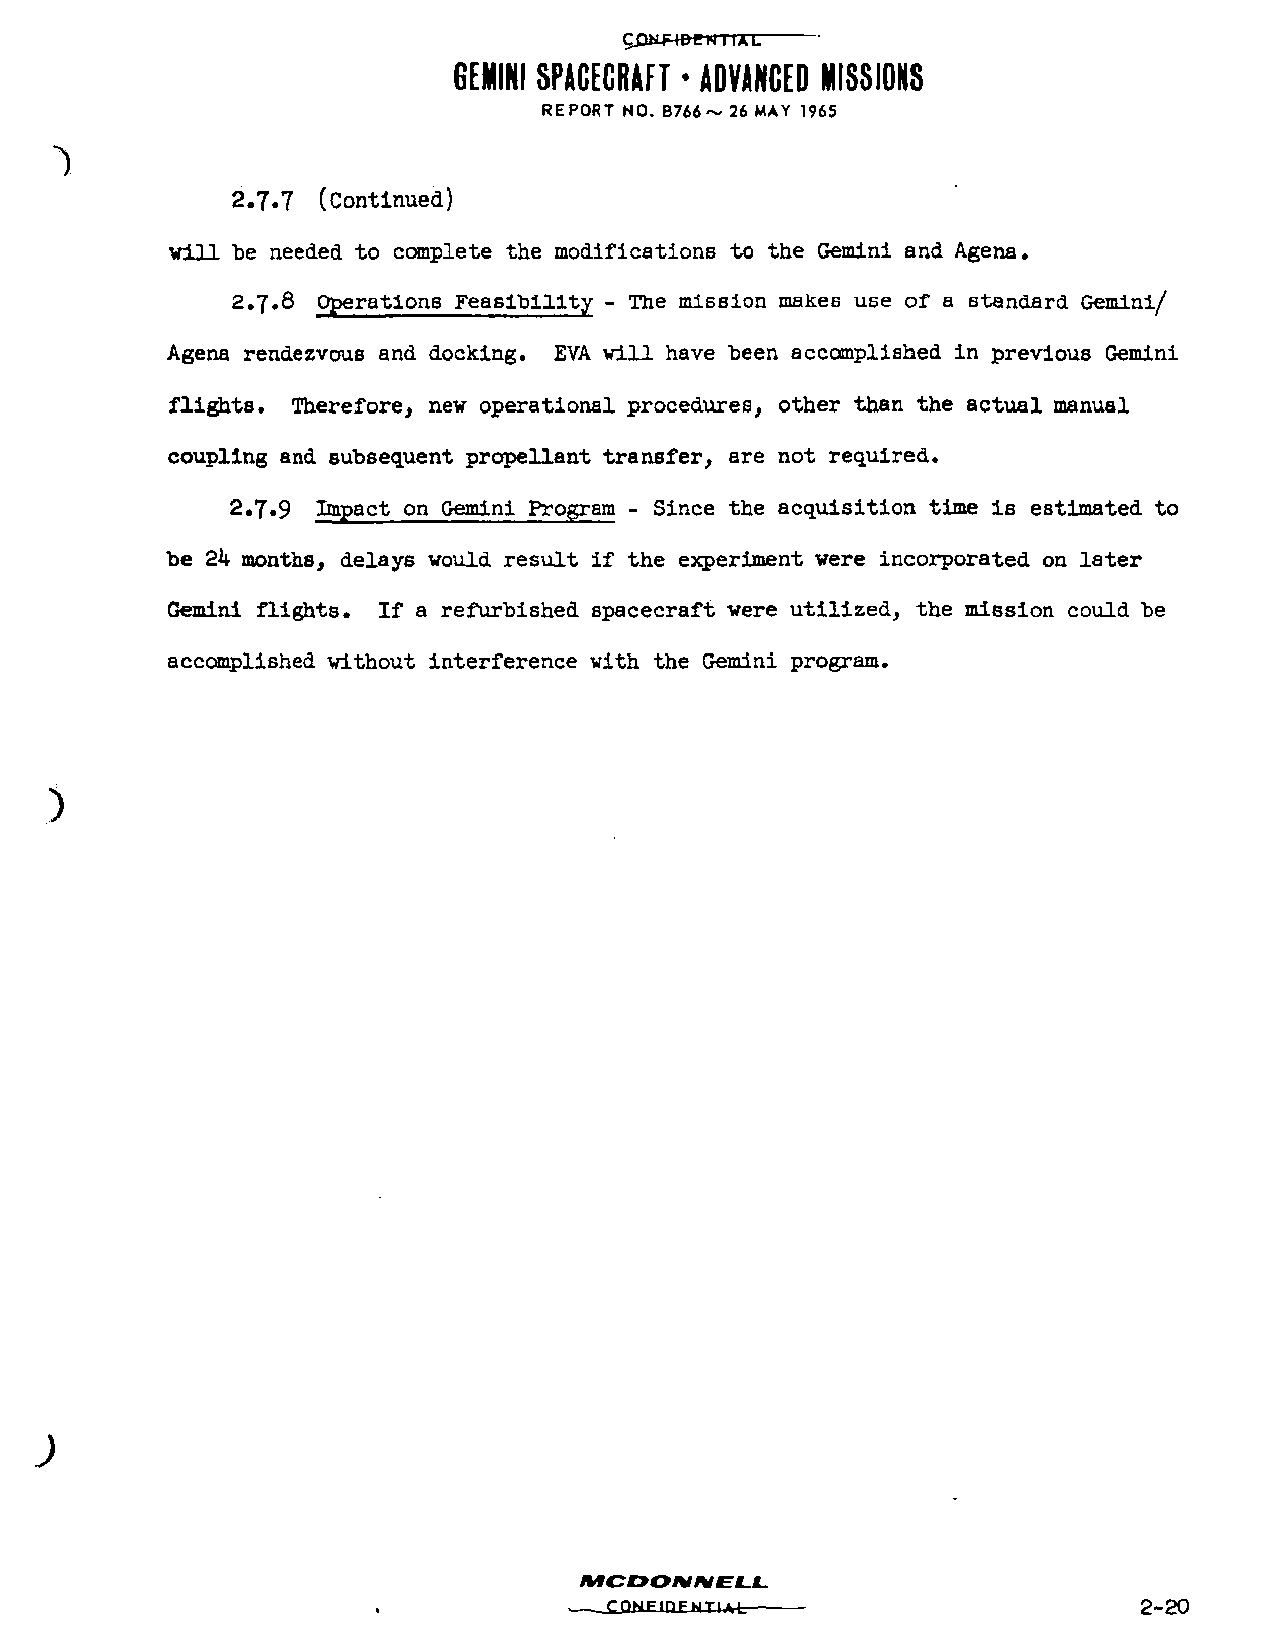
GEMINI SPACECRAFT • ADVANCED MISSIONS
 REPORT NO. B766~ 26 MAY 1965
 ^
 2.7.7 (Continued)
 will be needed to complete the modifications to the Gemini and Agena.
 2.7.8 Operations Feasibility - The mission makes use of a standard Gemini/
 Agena rendezvous and docking. EVA will have been accomplished in previous Gemini
 flights. Therefore, new operational procedures, other than the actual manual
 coupling and subsequent propellent transfer, are not required.
 2.7.9 Impact on Gemini Program - Since the acquisition time is estimated to
 be 24 months, delays would result if the experiment were incorporated on later
 Gemini flights. If a refurbished spacecraft were utilized, the mission could be
 accomplished without interference with the Gemini program.
 )
 )
 —-_CflHElD£JU4At                      2-20